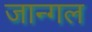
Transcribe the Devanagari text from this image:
जान्गल